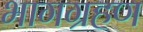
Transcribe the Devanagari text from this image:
भागग्रहण